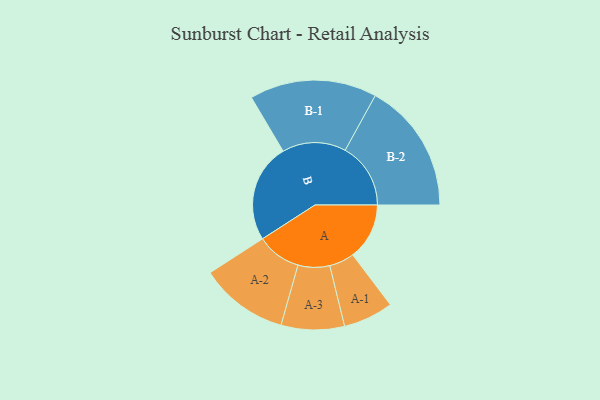
{"axis": {"x": "Segment", "y": "Value"}, "legend": ["", "A", "B"], "data": [{"x": "A", "y": 249, "type": ""}, {"x": "B", "y": 434, "type": ""}, {"x": "A-1", "y": 110, "type": "A"}, {"x": "A-2", "y": 195, "type": "A"}, {"x": "A-3", "y": 139, "type": "A"}, {"x": "B-1", "y": 280, "type": "B"}, {"x": "B-2", "y": 288, "type": "B"}]}